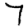
Digit: 7